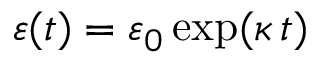
\varepsilon ( t ) = \varepsilon _ { 0 } \exp ( \kappa \, t )